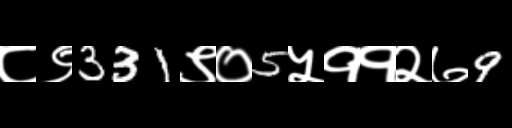
Text: ८९331९०5५११२७9